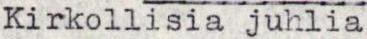
Kirkollisia juhlia